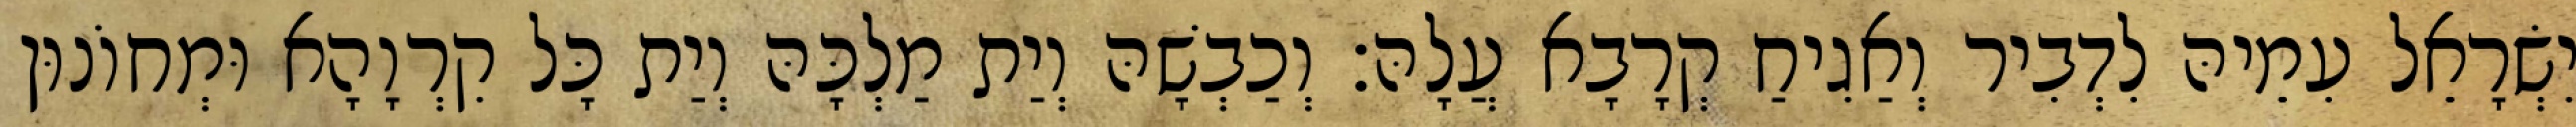
יִשְׂרָאֵל עִמֵיהּ לִדְבִיר וְאַגִיחַ קְרָבָא עֲלָהּ׃ וְכַבְשָׁהּ וְיַת מַלְכָּהּ וְיַת כָּל קִרְוָהָא וּמְחוֹנוּן